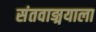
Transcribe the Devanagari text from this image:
संतवाङ्मयाला